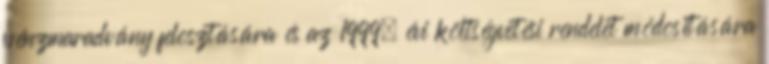
pénzmaradvány felosztására és az 1999. évi költségvetési rendelet módosítására